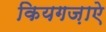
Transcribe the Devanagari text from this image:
कियगज़ाएे